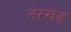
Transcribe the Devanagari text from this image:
नेरखेड